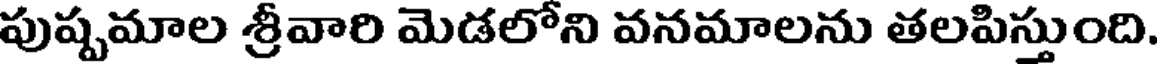
పుష్పమాల శ్రీవారి మెడలోని వనమాలను తలపిస్తుంది.